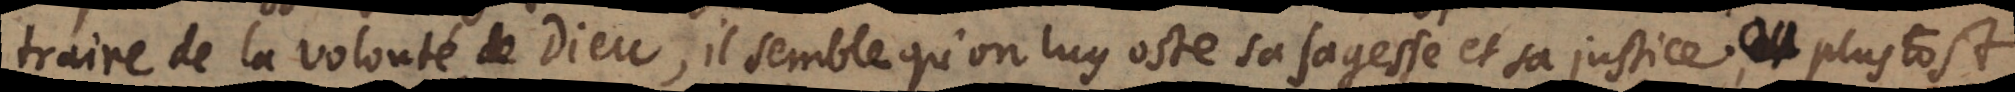
traire de la volonté de Dieu, il semble qu’on luy oste sa sagesse et sa justice, ou plustost